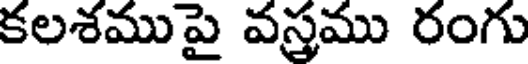
కలశముపై వస్త్రము రంగు